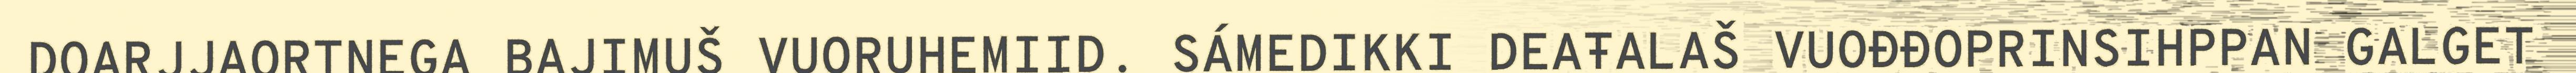
DOARJJAORTNEGA BAJIMUŠ VUORUHEMIID. SÁMEDIKKI DEAŦALAŠ VUOĐĐOPRINSIHPPAN GALGET